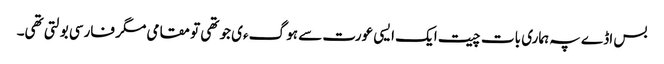
بس اڈے پہ ہماری بات چیت ایک ایسی عورت سے ہو گءی جو تھی تو مقامی مگر فارسی بولتی تھی۔